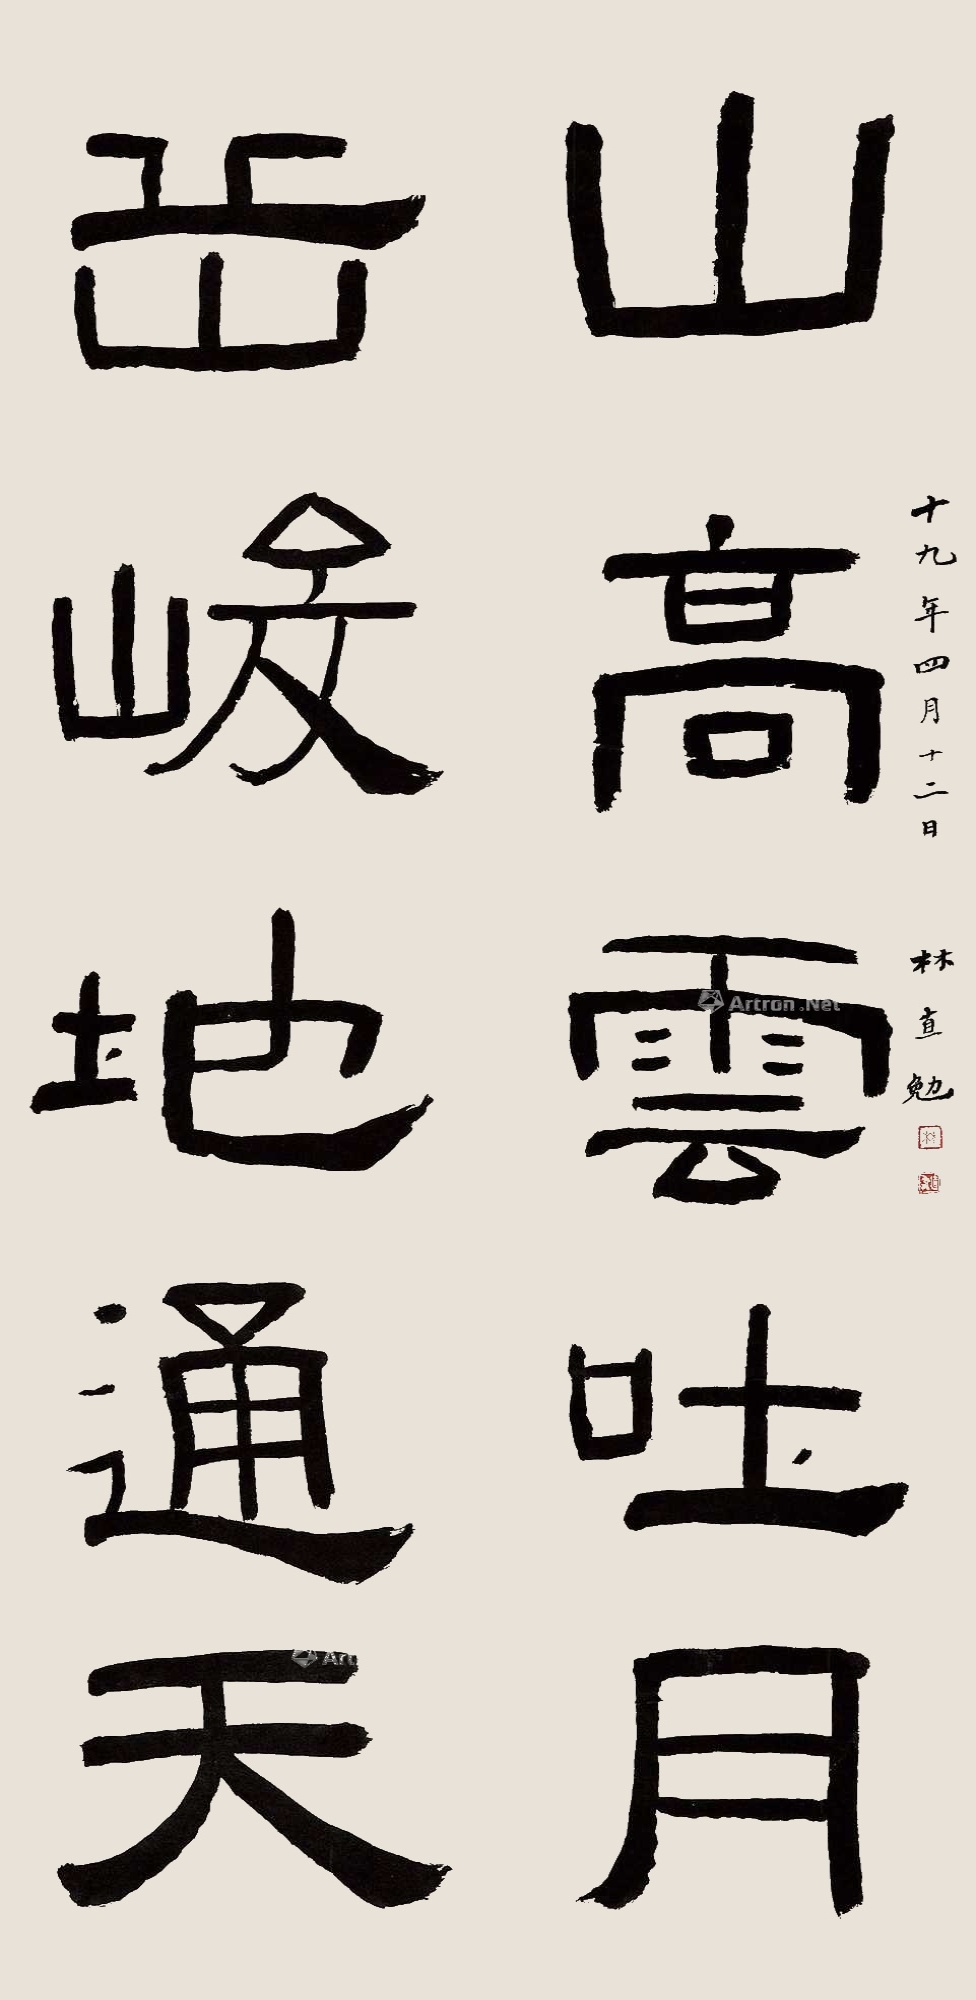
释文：山高云吐月，岳峻地通天。十九年四月十二日，林直勉。